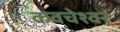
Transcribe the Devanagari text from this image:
कवचेश्वर